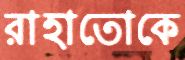
রাহাতোকে